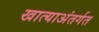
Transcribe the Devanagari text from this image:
खात्याअंतर्गत